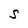
Character: S